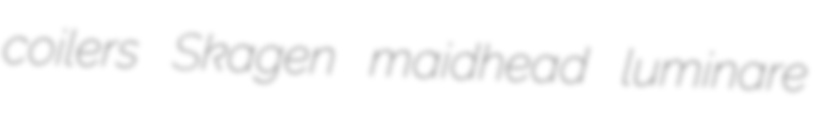
coilers Skagen maidhead luminare